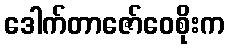
ဒေါက်တာဇော်ဝေစိုးက